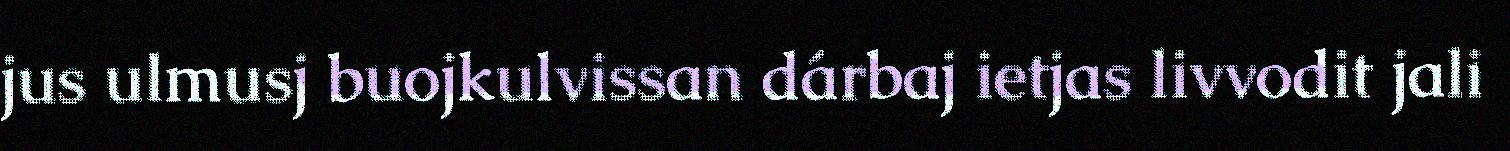
jus ulmusj buojkulvissan dárbaj ietjas livvodit jali